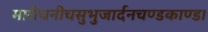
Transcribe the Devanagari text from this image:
मारीचनीचसुभुजार्दनचण्डकाण्ड।